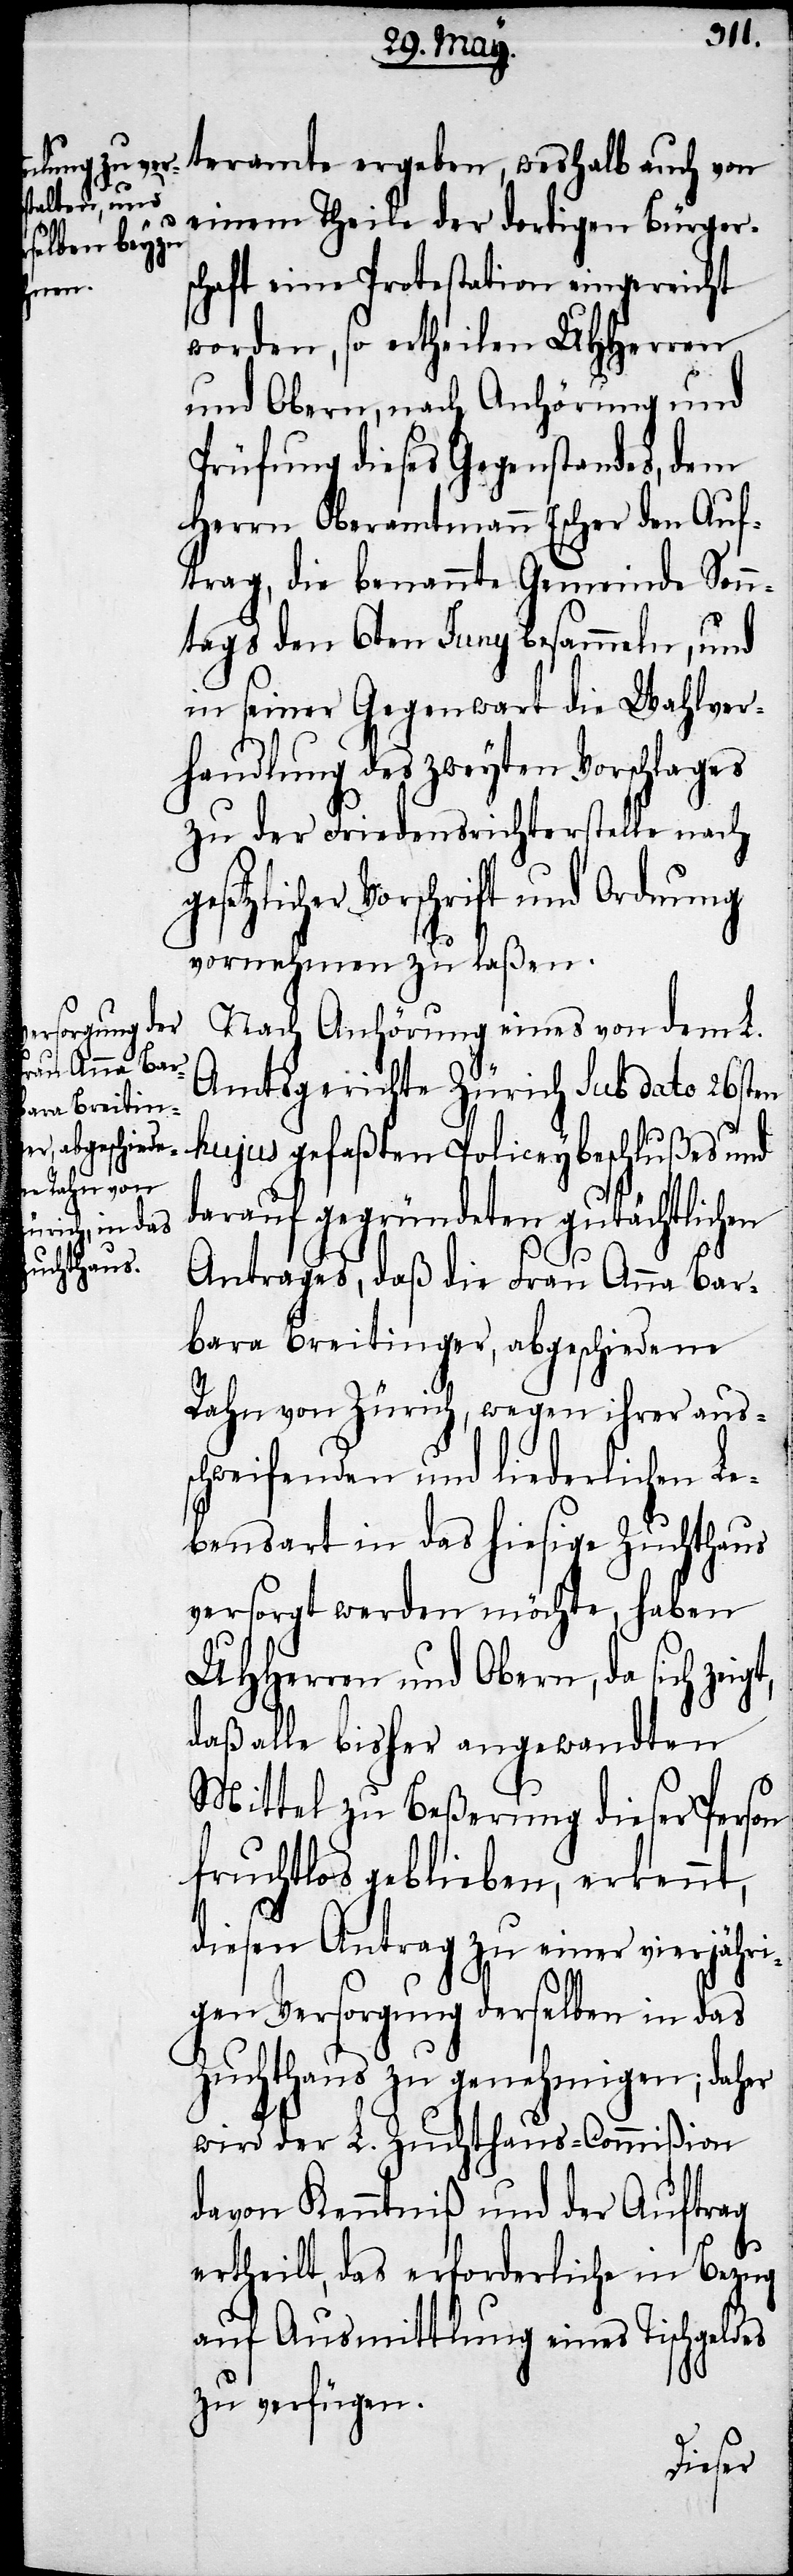
gt,
teramte ergeben, weshalb auch von
einem Theile der dortigen Bürger¬
schaft eine Protestation eingereicht
es
worden, so ertheilen UHHerren
und Obern, nach Anhörung und
Prüfung dieses Gegenstandes, dem
Herrn Oberamtmann Escher den Auf¬
trag, die benannte Gemeinde Sonn¬
tags den 6ten Juny besammeln, und
in seiner Gegenwart die Wahlver¬
handlung des zweyten Vorschlages
zu der Friedensrichterstelle nach
setzlicher Vorschrift und Ordnung
vornehmen zu laßen.
Nach Anhörung eines von dem L.
Amtsgerichte Zürich sub dato 26ten
hujus gefaßten Policeybeschlußes und
darauf gegründeten gutächtlichen
Antrages, daß die Frau Anna Bar¬
bara Breitinger, abgeschiedene
Rahn von Zürich, wegen ihrer aus¬
schweifenden und liederlichen Le¬
bensart in das hiesige Zuchthaus
versorgt werden möchte, haben
UHHerren und Obern, da sich zei¬
daß alle bisher angewandten
Mittel zu Beßerung dieser Person
fruchtlos geblieben, erkennt,
diesen Antrag zu einer vierjähri¬
gen Versorgung derselben in das
Zuchthaus zu genehmigen; daher
wird der L. Zuchthaus-Commißion
davon Kenntniß und der Auftrag
ertheilt, das erforderliche in Bezug
auf Ausmittlung eines Tischgeld¬
zu verfügen.